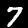
Digit: 7